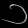
Digit: ၁